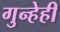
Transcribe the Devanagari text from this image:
गुन्हेही